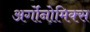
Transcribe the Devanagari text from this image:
अर्गोनोमिक्स